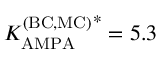
{ K _ { \mathrm { A M P A } } ^ { \mathrm { ( B C , M C ) } } } ^ { * } = 5 . 3